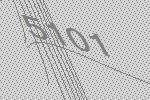
5101